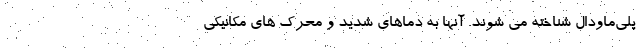
پلی‌ماودال شناخته می شوند. آنها به دماهای شدید و محرک های مکانیکی